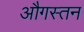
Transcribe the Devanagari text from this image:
औगस्तन